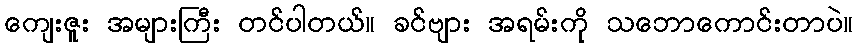
ကျေးဇူး အများကြီး တင်ပါတယ်။ ခင်ဗျား အရမ်းကို သဘောကောင်းတာပဲ။